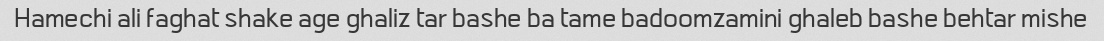
Hamechi ali faghat shake age ghaliz tar bashe ba tame badoomzamini ghaleb bashe behtar mishe